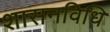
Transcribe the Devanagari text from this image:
शासनविधि